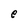
Character: e